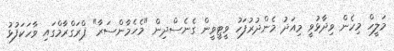
މަލީހް މިހެން ވިދާޅުވީ މިއަދު މެންދުރުފަހު ވީޓީވީން ގެނެސްދިން "މެހެމާންސަރާ" ޕްރަގްރާމްގައި ވާހަކަފުޅު